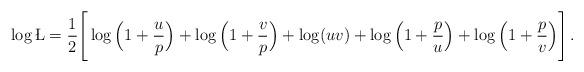
LaTeX: \begin{align*}\log\L=\frac{1}{2} \Bigg[\log\Big( 1+ \frac{u}{p} \Big) + \log\Big( 1+ \frac{v}{p} \Big)+\log(uv)+\log\Big( 1 + \frac{p}{u}\Big) + \log\Big( 1+ \frac{p}{v} \Big) \Bigg]\,.\end{align*}